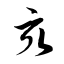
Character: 亥